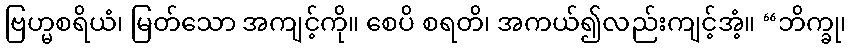
ဗြဟ္မစရိယံ၊ မြတ်သော အကျင့်ကို။ စေပိ စရတိ၊ အကယ်၍လည်းကျင့်အံ့။ “ဘိက္ခု၊